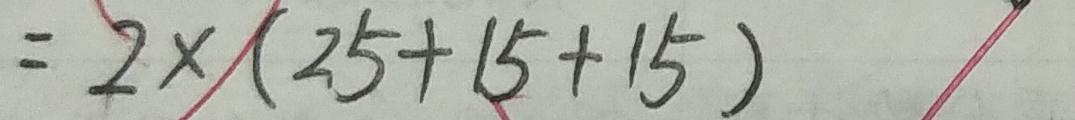
= 2 \times ( 2 5 + 1 5 + 1 5 )